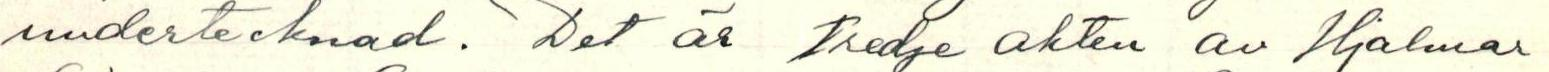
undertecknad. Det är tredje akten av Hjalmar